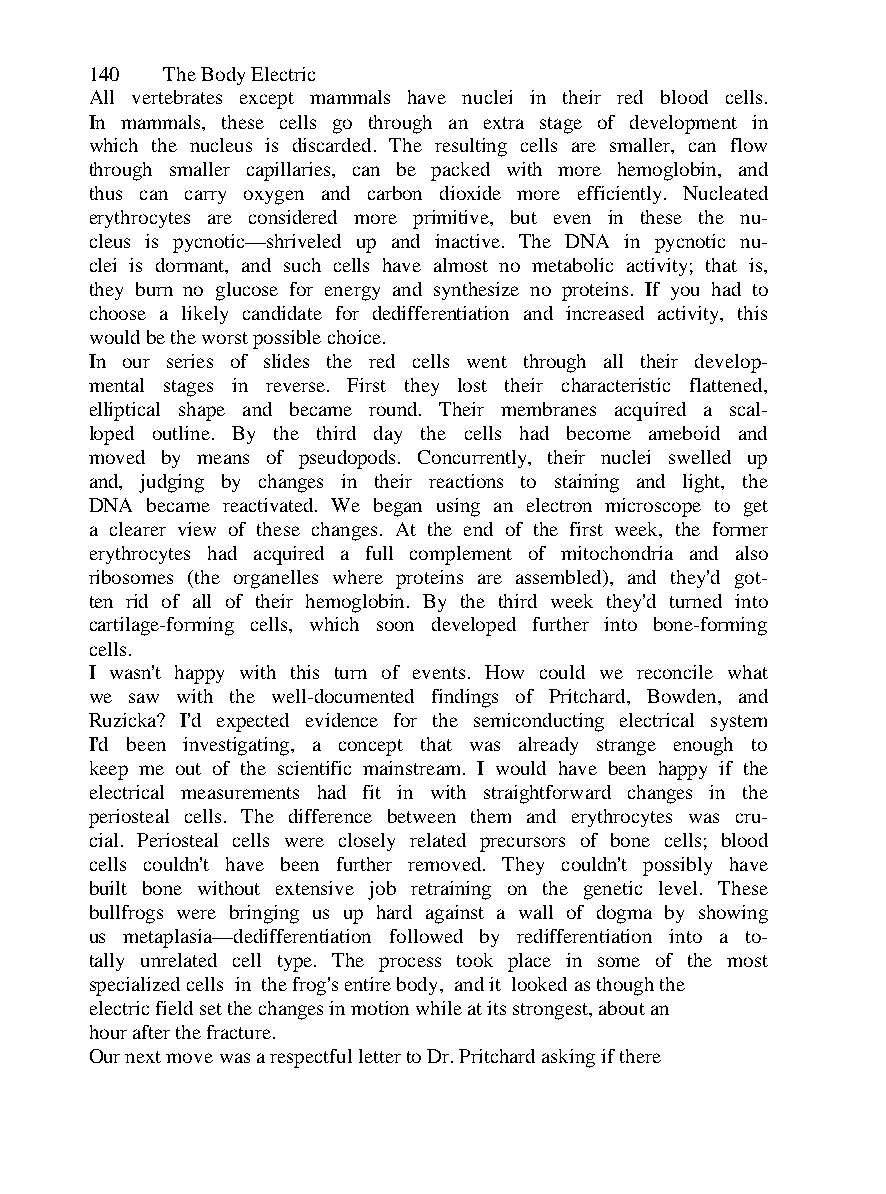
140  The Body Electric
 All vertebrates except mammals have nuclei in their red blood cells.
 In mammals, these cells go through an extra stage of development in
 which the nucleus is discarded. The resulting cells are smaller, can flow
 through smaller capillaries, can be packed with more hemoglobin, and
 thus can carry oxygen and carbon dioxide more efficiently. Nucleated
 erythrocytes are considered more primitive, but even in these the nu-
 cleus is pycnotic—shriveled up and inactive. The DNA in pycnotic nu-
 clei is dormant, and such cells have almost no metabolic activity; that is,
 they burn no glucose for energy and synthesize no proteins. If you had to
 choose a likely candidate for dedifferentiation and increased activity, this
 would be the worst possible choice.
 In our series of slides the red cells went through all their develop-
 mental stages in reverse. First they lost their characteristic flattened,
 elliptical shape and became round. Their membranes acquired a scal-
 loped outline. By the third day the cells had become ameboid and
 moved by means of pseudopods. Concurrently, their nuclei swelled up
 and, judging by changes in their reactions to staining and light, the
 DNA became reactivated. We began using an electron microscope to get
 a clearer view of these changes. At the end of the first week, the former
 erythrocytes had acquired a full complement of mitochondria and also
 ribosomes (the organelles where proteins are assembled), and they'd got-
 ten rid of all of their hemoglobin. By the third week they'd turned into
 cartilage-forming cells, which soon developed further into bone-forming
 cells.
 I wasn't happy with this turn of events. How could we reconcile what
 we saw with the well-documented findings of Pritchard, Bowden, and
 Ruzicka? I'd expected evidence for the semiconducting electrical system
 I'd been investigating, a concept that was already strange enough to
 keep me out of the scientific mainstream. I would have been happy if the
 electrical measurements had fit in with straightforward changes in the
 periosteal cells. The difference between them and erythrocytes was cru-
 cial. Periosteal cells were closely related precursors of bone cells; blood
 cells couldn't have been further removed. They couldn't possibly have
 built bone without extensive job retraining on the genetic level. These
 bullfrogs were bringing us up hard against a wall of dogma by showing
 us metaplasia—dedifferentiation followed by redifferentiation into a to-
 tally unrelated cell type. The process took place in some of the most
 specialized cells in the frog's entire body, and it looked as though the
 electric field set the changes in motion while at its strongest, about an
 hour after the fracture.
 Our next move was a respectful letter to Dr. Pritchard asking if there